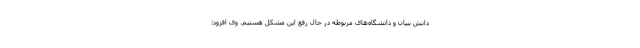
دانش بنیان و دانشگاه‌های مربوطه در حال رفع این مشکل هستیم. وی افزود: